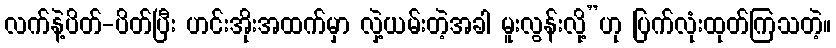
လက်နဲ့ပိတ်-ပိတ်ပြီး ဟင်းအိုးအထက်မှာ လှဲ့ယမ်းတဲ့အခါ မူးလွန်းလို့”ဟု ပြက်လုံးထုတ်ကြသတဲ့။